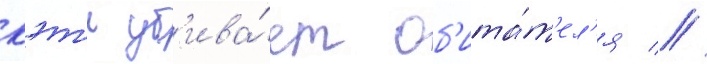
кэт'и уб'ива́ет об'ита́т'ел'я //